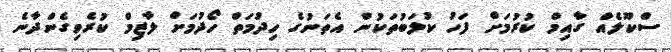
ސްކޫލެއް ގާއިމް ކުރުމަށް ފަހު ކުލަބުތަކުން އެތަނުގެ ހިދުމަތް ހޯދުމަށް ލާޒިމް ކުރެވިގެންދާނެ